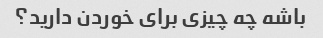
باشه چه چیزی برای خوردن دارید؟